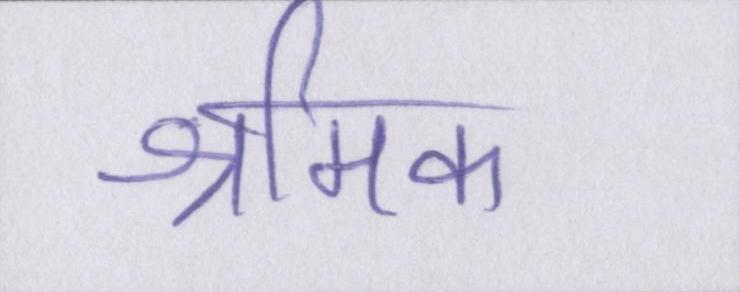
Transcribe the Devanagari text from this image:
श्रमिक